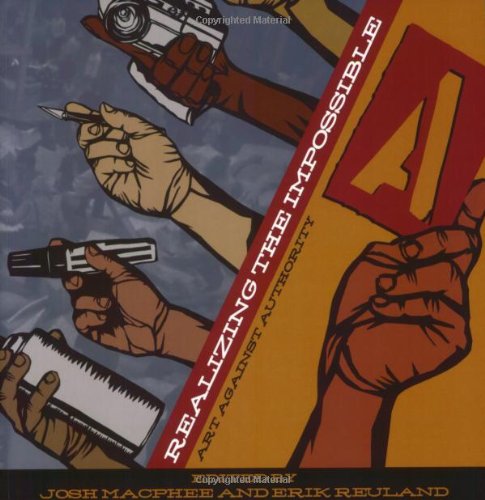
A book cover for Realizing the Impossible: Art Against Authority; Arts & Photography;